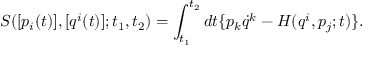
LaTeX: { S } ( [ p _ { i } ( t ) ] , [ q ^ { i } ( t ) ] ; t _ { 1 } , t _ { 2 } ) = \int _ { t _ { 1 } } ^ { t _ { 2 } } d t \{ p _ { k } { \dot { q } } ^ { k } - { H } ( { q ^ { i } } , { p } _ { j } ; t ) \} .